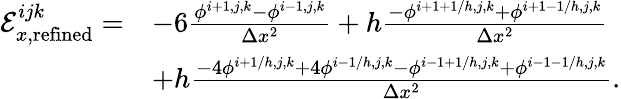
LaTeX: \begin{array}{rl}{\mathcal{E}_{x,\mathrm{refined}}^{ijk}=}&{-6\frac{\phi^{i+1,j,k}-\phi^{i-1,j,k}}{\Delta x^{2}}+h\frac{-\phi^{i+1+1/h,j,k}+\phi^{i+1-1/h,j,k}}{\Delta x^{2}}}\\ &{+h\frac{-4\phi^{i+1/h,j,k}+4\phi^{i-1/h,j,k}-\phi^{i-1+1/h,j,k}+\phi^{i-1-1/h,j,k}}{\Delta x^{2}}.}\end{array}